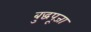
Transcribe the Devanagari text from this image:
बुद्धपूजा